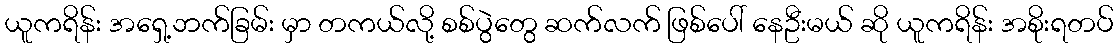
ယူကရိန်း အရှေ့ဘက်ခြမ်း မှာ တကယ်လို့ စစ်ပွဲတွေ ဆက်လက် ဖြစ်ပေါ် နေဦးမယ် ဆို ယူကရိန်း အစိုးရတပ်